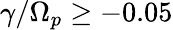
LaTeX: \gamma/\Omega_{p}\geq-0.05